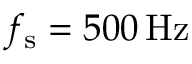
f _ { \mathrm { s } } = 5 0 0 \, \mathrm { { H z } }